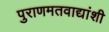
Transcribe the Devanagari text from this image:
पुराणमतवाद्यांशी